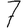
Digit: 7